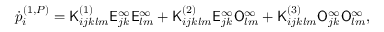
\dot { p } _ { i } ^ { ( 1 , P ) } = \mathsf { K } _ { i j k l m } ^ { ( 1 ) } \mathsf { E } _ { j k } ^ { \infty } \mathsf { E } _ { l m } ^ { \infty } + \mathsf { K } _ { i j k l m } ^ { ( 2 ) } \mathsf { E } _ { j k } ^ { \infty } \mathsf { O } _ { l m } ^ { \infty } + \mathsf { K } _ { i j k l m } ^ { ( 3 ) } \mathsf { O } _ { j k } ^ { \infty } \mathsf { O } _ { l m } ^ { \infty } ,